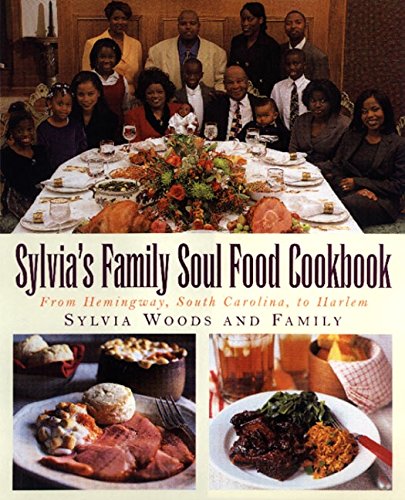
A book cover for Sylvia's Family Soul Food Cookbook: From Hemingway, South Carolina, To Harlem; Sylvia Woods; Cookbooks, Food & Wine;